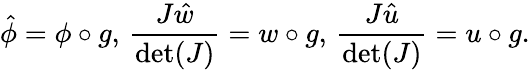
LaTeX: \hat{\phi}=\phi\circ g,\, \frac{J\hat{w}}{\operatorname*{det}(J)}=w\circ g,\, \frac{J\hat{u}}{\operatorname*{det}(J)}=u\circ g.